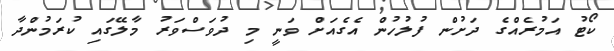
ކޯޓު އަމުރެއްގެ ދަށުން ފުލުހުން އެގެއަށް ވަނީ މި ދުވަސްވަރު މާލޭގައި ކުރަމުންދާ